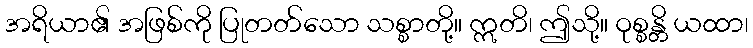
အရိယာ၏ အဖြစ်ကို ပြုတတ်သော သစ္စာတို့။ ဣတိ၊ ဤသို့။ ဝုစ္စန္တိ ယထာ၊